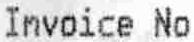
INVOICE NO